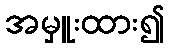
အမှူးထား၍